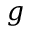
g